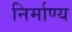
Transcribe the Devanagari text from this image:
निर्माण्य